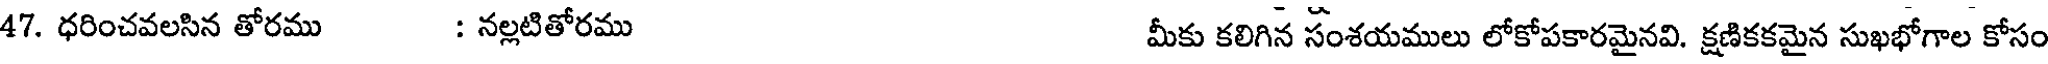
47. ధరించవలసిన తోరము : నల్లటితోరము మీకు కలిగిన సంశయములు లోకోపకారమైనవి. క్షణికకమైన సుఖభోగాల కోసం